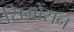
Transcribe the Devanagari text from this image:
सिमोंसन